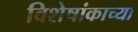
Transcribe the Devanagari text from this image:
विशेषांकाच्या